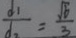
\frac { d _ { 1 } } { d _ { 2 } } = \frac { \sqrt { 6 } } { 3 }